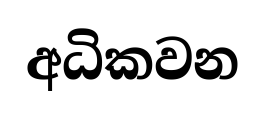
අධිකවන